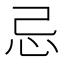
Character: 忌